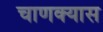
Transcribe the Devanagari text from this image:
चाणक्यास